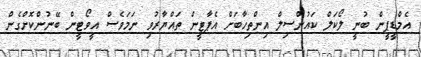
އެމްޑީޕީން ބުނީ ލޯކަލް ކައުންސިލް އިންތިހާބަށް އެޕާޓީން ތައްޔާރުވި ނަަމަވެސް އީވޯޓީން ބޭނުންކޮށްގެން